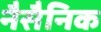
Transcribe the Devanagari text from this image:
नैसैनिक